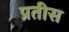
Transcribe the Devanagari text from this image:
प्रतीस